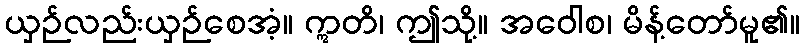
ယှဉ်လည်းယှဉ်စေအံ့။ ဣတိ၊ ဤသို့။ အဝေါစ၊ မိန့်တော်မူ၏။